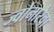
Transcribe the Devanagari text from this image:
ज्वोनारेवा